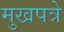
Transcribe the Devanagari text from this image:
मुखपत्रे